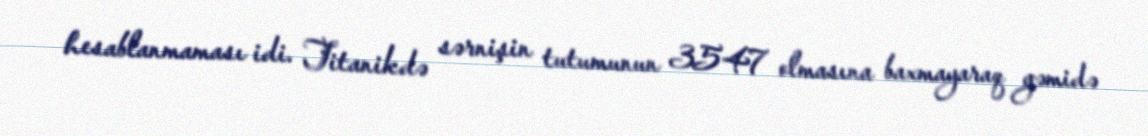
hesablanmaması idi. Titanikdə sərnişin tutumunun 3547 olmasına baxmayaraq gəmidə